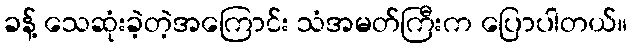
ခန့် သေဆုံးခဲ့တဲ့အကြောင်း သံအမတ်ကြီးက ပြောပါတယ်။